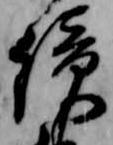
続